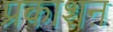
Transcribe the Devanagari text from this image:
प्रकाशऩ